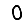
Digit: 0